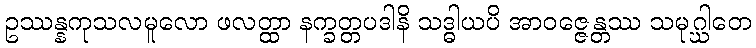
ဥဿန္နကုသလမူလော ဖလတ္ထာ နက္ခတ္တပဒါနိ သဒ္ဓါယပိ အာဝဇ္ဇေန္တဿ သမုဂ္ဃါတေ